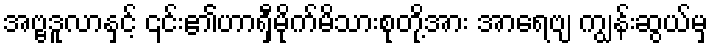
အဗ္ဗဒူလာနှင့် ၎င်း၏ဟာရှီမိုက်မိသားစုတို့အား အာရေဗျ ကျွန်းဆွယ်မှ